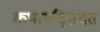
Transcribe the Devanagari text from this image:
कथारुढ़िसंमत